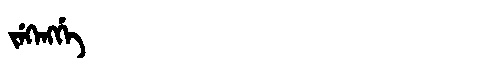
Manchu: ᠵᡝᡴᡝᠩᡤᡝ
Romanization: JEKENGGE